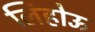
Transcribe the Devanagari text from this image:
लिहोऊ